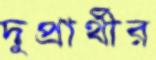
দুপ্রার্থীর